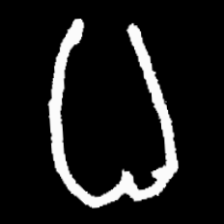
Pyu character \u2014 Myanmar letter: ဓ (romanized: dha)